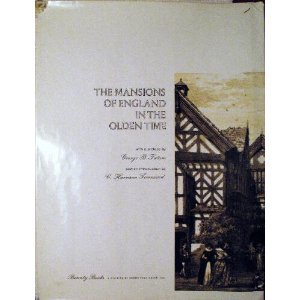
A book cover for The mansions of England in the olden time; Joseph Nash; Arts & Photography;